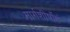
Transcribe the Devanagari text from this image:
मार्गशीर्षोहं